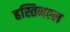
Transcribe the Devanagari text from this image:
हस्तिमल्ल